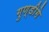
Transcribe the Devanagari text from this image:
गुण्डीगे